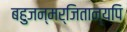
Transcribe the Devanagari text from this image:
बहुजन्मर्जितान्यपि